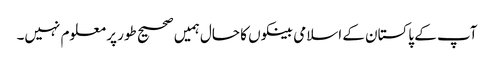
آپ کے پاکستان کے اسلامی بینکوں کا حال ہمیں صحیح طور پر معلوم نہیں۔